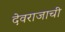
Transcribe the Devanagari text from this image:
देवराजाची